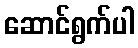
ဆောင်ရွက်ပါ